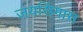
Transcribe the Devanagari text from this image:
जयसिंगास